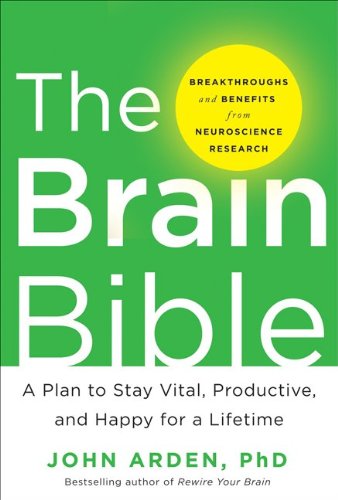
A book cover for The Brain Bible: How to Stay Vital, Productive, and Happy for a Lifetime; John Arden; Self-Help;